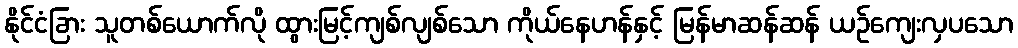
နိုင်ငံခြား သူတစ်ယောက်လို ထွားမြင့်ကျစ်လျစ်သော ကိုယ်နေဟန်နှင့် မြန်မာဆန်ဆန် ယဉ်ကျေးလှပသော